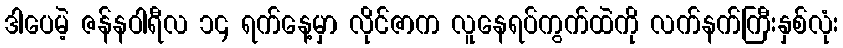
ဒါပေမဲ့ ဇန်နဝါရီလ ၁၄ ရက်နေ့မှာ လိုင်ဇာက လူနေရပ်ကွက်ထဲကို လက်နက်ကြီးနှစ်လုံး